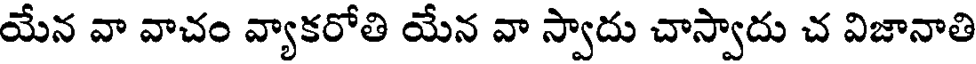
యేన వా వాచం వ్యాకరోతి యేన వా స్వాదు చాస్వాదు చ విజానాతి